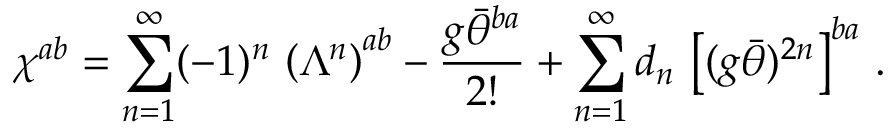
\chi ^ { a b } = \sum _ { n = 1 } ^ { \infty } ( - 1 ) ^ { n } \, \left( \Lambda ^ { n } \right) ^ { a b } - \frac { g \bar { \theta } ^ { b a } } { 2 ! } + \sum _ { n = 1 } ^ { \infty } d _ { n } \, \left[ ( g \bar { \theta } ) ^ { 2 n } \right] ^ { b a } \, .